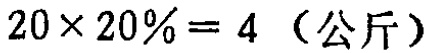
\(20\times 20\% = 4\)（公斤）